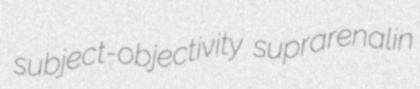
subject-objectivity suprarenalin